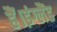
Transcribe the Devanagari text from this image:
हैं।इंग्लैंड